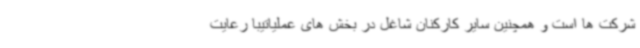
شرکت ها است و همچنین سایر کارکنان شاغل در بخش های عملیاتیبا رعایت